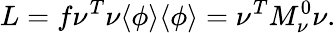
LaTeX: L=f\nu^{T}\nu\langle\phi\rangle\langle\phi\rangle=\nu^{T}M_{\nu}^{0}\nu.